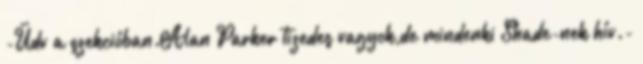
-Üdv a szekcióban.Alan Parker tizedes vagyok,de mindenki Shade-nek hív.-